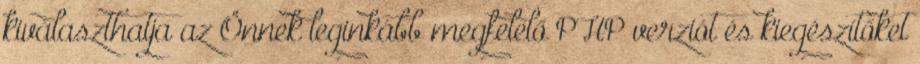
kiválaszthatja az Önnek leginkább megfelelő PHP verziót és kiegészítőket